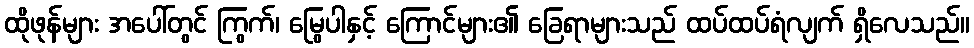
ထိုဖုန်များ အပေါ်တွင် ကြွက်၊ မြွေပါနှင့် ကြောင်များ၏ ခြေရာများသည် ထပ်ထပ်ရံလျက် ရှိလေသည်။